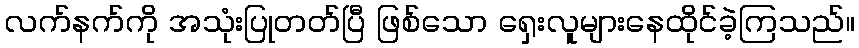
လက်နက်ကို အသုံးပြုတတ်ပြီ ဖြစ်သော ရှေးလူများနေထိုင်ခဲ့ကြသည်။